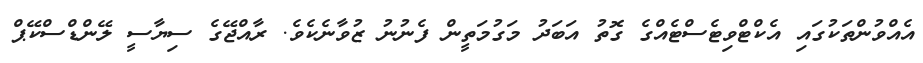
އެއްވުންތަކުގައި އެކްޓްވިޓެސްޓެއްގެ ގޮތު އަބަދު މަގުމަތީން ފެނުނު ޒުވާނެކެވެ. ރާއްޖޭގެ ސިޔާސީ ލޭންޑްސްކޭޕް